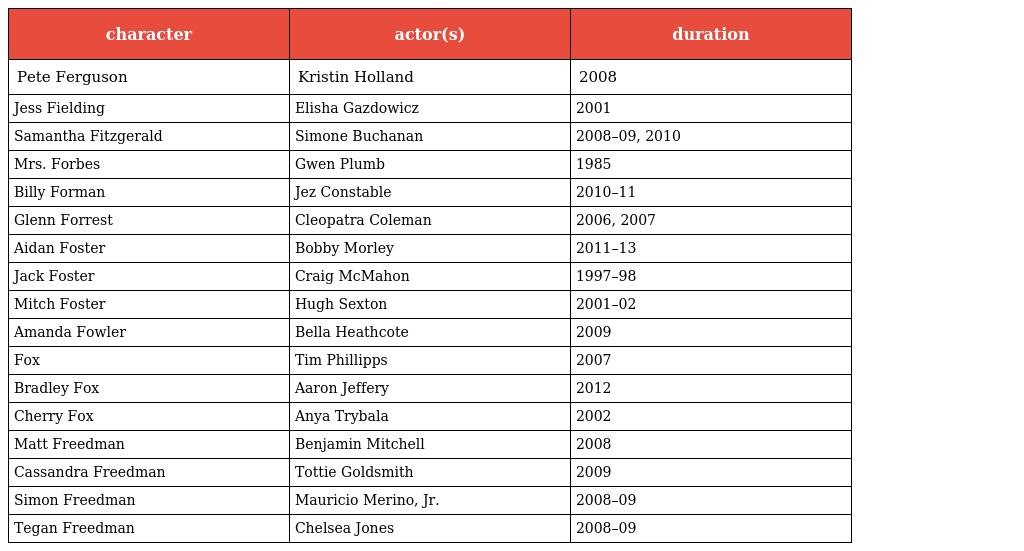
| character | actor(s) | duration |
 | --- | --- | --- |
 | Pete Ferguson | Kristin Holland | 2008 |
 | Jess Fielding | Elisha Gazdowicz | 2001 |
 | Samantha Fitzgerald | Simone Buchanan | 2008–09, 2010 |
 | Mrs. Forbes | Gwen Plumb | 1985 |
 | Billy Forman | Jez Constable | 2010–11 |
 | Glenn Forrest | Cleopatra Coleman | 2006, 2007 |
 | Aidan Foster | Bobby Morley | 2011–13 |
 | Jack Foster | Craig McMahon | 1997–98 |
 | Mitch Foster | Hugh Sexton | 2001–02 |
 | Amanda Fowler | Bella Heathcote | 2009 |
 | Fox | Tim Phillipps | 2007 |
 | Bradley Fox | Aaron Jeffery | 2012 |
 | Cherry Fox | Anya Trybala | 2002 |
 | Matt Freedman | Benjamin Mitchell | 2008 |
 | Cassandra Freedman | Tottie Goldsmith | 2009 |
 | Simon Freedman | Mauricio Merino, Jr. | 2008–09 |
 | Tegan Freedman | Chelsea Jones | 2008–09 |